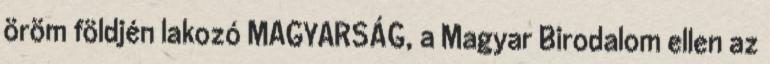
öröm földjén lakozó MAGYARSÁG, a Magyar Birodalom ellen az